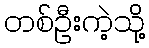
တစ်ဦးကဲ့သို့